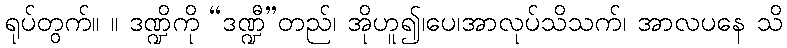
ရုပ်တွက်။ ။ ဒဏ္ဍိကို “ဒဏ္ဍီ”တည်၊ အိုဟူ၍၊ပေ၊အာလုပ်သိသက်၊ အာလပနေ သိ